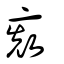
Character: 𠅬